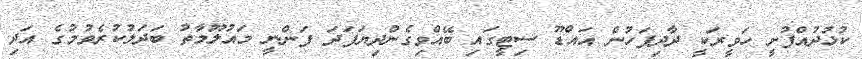
ކުޅުދުއްފުށީ ހަވީރަކީ ދާދިފަހުން އައްޑޫ ސިޓީގައި ބޭއްވިގެންދިޔަފަދަ ފަންނީ މައުލޫމާތު ބަދަލުކުރެވުމުގެ އަދި